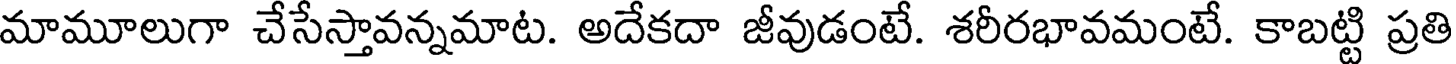
మామూలుగా చేసేస్తావన్నమాట. అదేకదా జీవుడంటే. శరీరభావమంటే. కాబట్టి ప్రతి